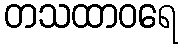
တသထာဝရေ